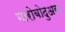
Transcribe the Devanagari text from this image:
मारोबोदुअस